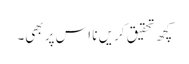
کچھ تحقیق کریں نا اس پر بھی۔